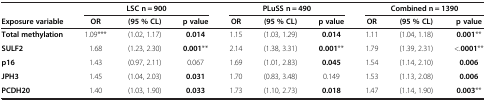
<table><thead><tr><td><b> </b></td><td colspan="3"><b>LSC n = 900</b></td><td colspan="3"><b>PLuSS n = 490</b></td><td colspan="3"><b>Combined n = 1390</b></td></tr><tr><td><b>Exposure variable</b></td><td><b>OR</b></td><td><b>(95 % CL)</b></td><td><b>p value</b></td><td><b>OR</b></td><td><b>(95 % CL)</b></td><td><b>p value</b></td><td><b>OR</b></td><td><b>(95 % CL)</b></td><td><b>p value</b></td></tr></thead><tbody><tr><td><b>Total methylation</b></td><td>1.09***</td><td>(1.02, 1.17)</td><td><b>0.014</b></td><td>1.15</td><td>(1.03, 1.29)</td><td><b>0.014</b></td><td>1.11</td><td>(1.04, 1.18)</td><td><b>0.001</b>**</td></tr><tr><td><b>SULF2</b></td><td>1.68</td><td>(1.23, 2.30)</td><td><b>0.001</b>**</td><td>2.14</td><td>(1.38, 3.31)</td><td><b>0.001</b>**</td><td>1.79</td><td>(1.39, 2.31)</td><td>&lt;.<b>0001</b>**</td></tr><tr><td><b>p16</b></td><td>1.43</td><td>(0.97, 2.11)</td><td>0.067</td><td>1.69</td><td>(1.01, 2.83)</td><td><b>0.045</b></td><td>1.54</td><td>(1.14, 2.10)</td><td><b>0.006</b></td></tr><tr><td><b>JPH3</b></td><td>1.45</td><td>(1.04, 2.03)</td><td><b>0.031</b></td><td>1.70</td><td>(0.83, 3.48)</td><td>0.149</td><td>1.53</td><td>(1.13, 2.08)</td><td><b>0.006</b></td></tr><tr><td><b>PCDH20</b></td><td>1.40</td><td>(1.03, 1.90)</td><td><b>0.033</b></td><td>1.73</td><td>(1.10, 2.73)</td><td><b>0.018</b></td><td>1.47</td><td>(1.14, 1.90)</td><td><b>0.003</b>**</td></tr></tbody></table>